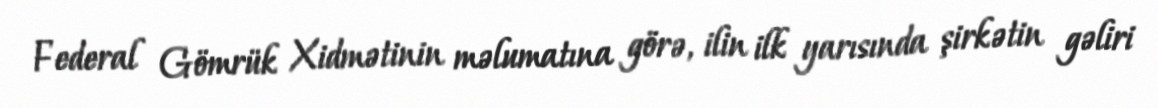
Federal Gömrük Xidmətinin məlumatına görə, ilin ilk yarısında şirkətin gəliri